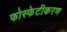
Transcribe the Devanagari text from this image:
फोस्फेटीकरण